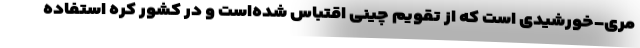
مری-خورشیدی است که از تقویم چینی اقتباس شده‌است و در کشور کره استفاده